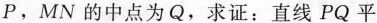
P，MN的中点为Q，求证：直线PQ平